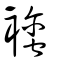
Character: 襺